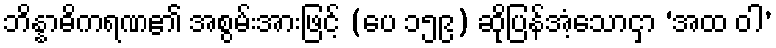
ဘိန္နာဓိကရဏ၏ အစွမ်းအားဖြင့် (ပေ ၁၅၉) ဆိုပြန်အံ့သောငှာ ‘အထ ဝါ’